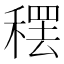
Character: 𫁂